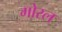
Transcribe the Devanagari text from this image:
गोरल